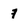
Character: 7